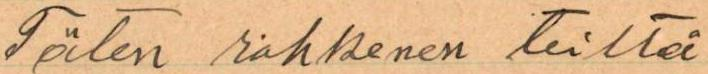
Täten rohkenen teiltä